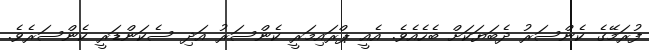
ފުރަމޭގެ ކެންސަރު ދެބަޔަކަށް ބެހެއެވެ. އެއީ ޕްރައިމަރީ ކެންސަރު އަދި ސެކަންޑަރީ ކެންސަރެވެ.